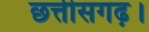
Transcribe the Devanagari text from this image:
छत्तीसगढ़।